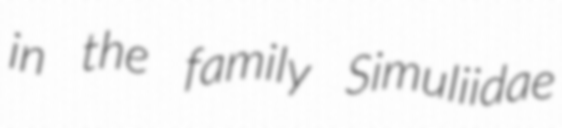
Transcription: in the family Simuliidae